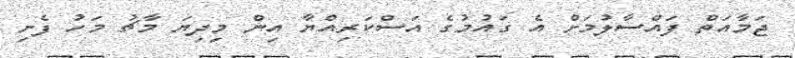
ޖަމާއަތް ފައްސާލުމަށް އެ ގައުމުގެ އަސްކަރިއްޔާ އިން މިދިޔަ މާޗު މަހު ފެށި